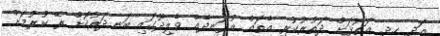
އަދި ހދ. އަތޮޅަށް ދަތުރުކުރި އެތައް އުޅަނދެއް ވެލިދޫގައި ބަނދަރުކޮށް ރޭ ކުރުމަށް